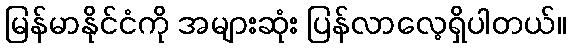
မြန်မာနိုင်ငံကို အများဆုံး ပြန်လာလေ့ရှိပါတယ်။